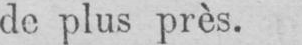
de plus près.